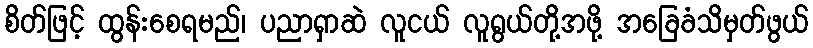
စိတ်ဖြင့် ထွန်းစေရမည်၊ ပညာရှာဆဲ လူငယ် လူရွယ်တို့အဖို့ အခြေခံသိမှတ်ဖွယ်